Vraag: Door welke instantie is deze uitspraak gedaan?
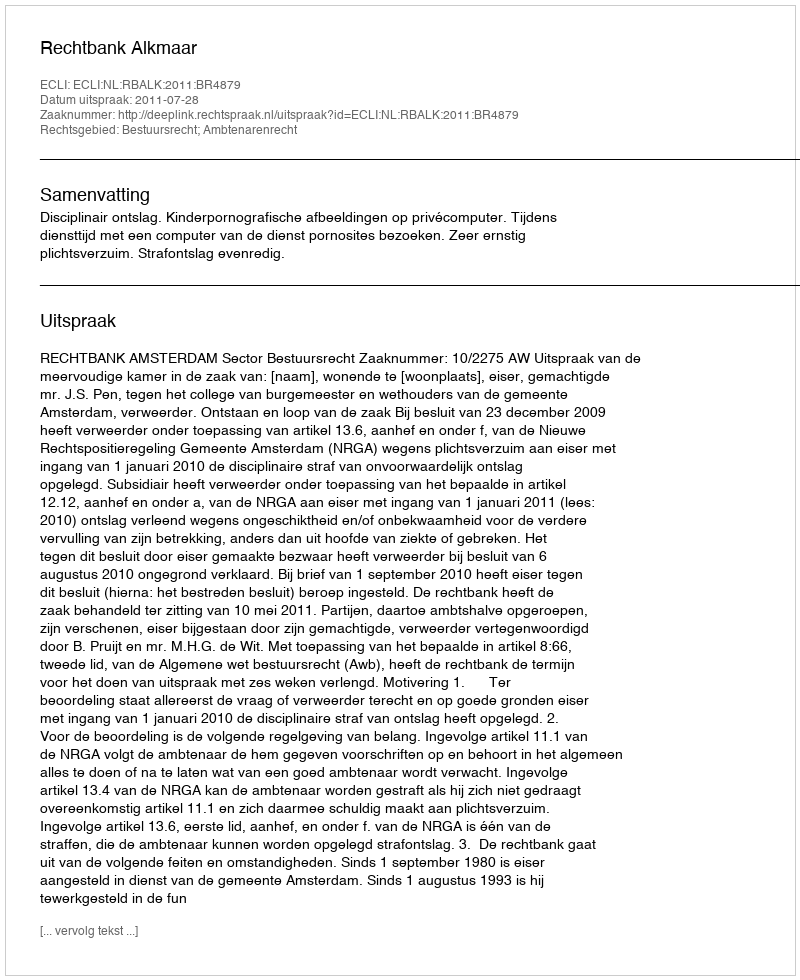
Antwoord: Rechtbank Alkmaar